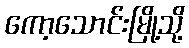
ကော့သောင်းမြို့သို့